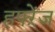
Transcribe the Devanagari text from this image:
हफ्ऱेंज